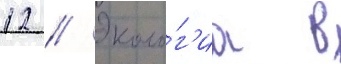
12 // Эколо́г'иа в